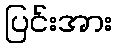
ပြင်းအား